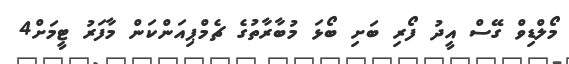
މޯލްޑިވް ގޭސް އީދު ފޯރިި ބަށި ބޯޅަ މުބާރާތުގެ ޗެމްޕިއަންކަން މާފަރު ޓީމަށް4